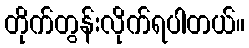
တိုက်တွန်းလိုက်ရပါတယ်။